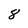
Character: 8